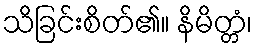
သိခြင်းစိတ်၏။ နိမိတ္တံ၊